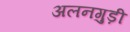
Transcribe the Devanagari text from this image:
अलनगुड़ी